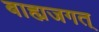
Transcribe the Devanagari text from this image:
बाह्यजगत्